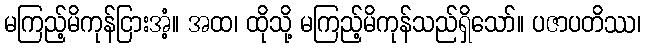
မကြည့်မိကုန်ငြားအံ့။ အထ၊ ထိုသို့ မကြည့်မိကုန်သည်ရှိသော်။ ပဇာပတိဿ၊